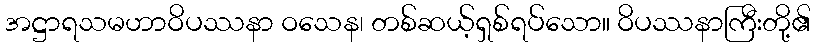
အဋ္ဌာရသမဟာဝိပဿနာ ဝသေန၊ တစ်ဆယ့်ရှစ်ရပ်သော။ ဝိပဿနာကြီးတို့၏